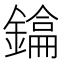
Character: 𫓂